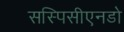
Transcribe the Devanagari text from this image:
सस्पिसीएनडो